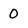
Character: 0